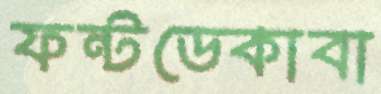
ফন্টডেকাবা